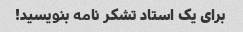
برای یک استاد تشکر نامه بنویسید!